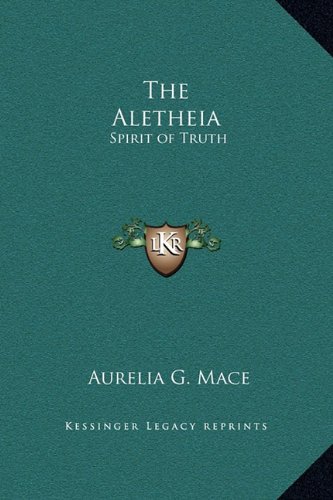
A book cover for The Aletheia: Spirit of Truth; Aurelia G. Mace; Christian Books & Bibles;